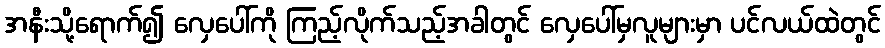
အနီးသို့ရောက်၍ လှေပေါ်ကို ကြည့်လိုက်သည့်အခါတွင် လှေပေါ်မှလူများမှာ ပင်လယ်ထဲတွင်